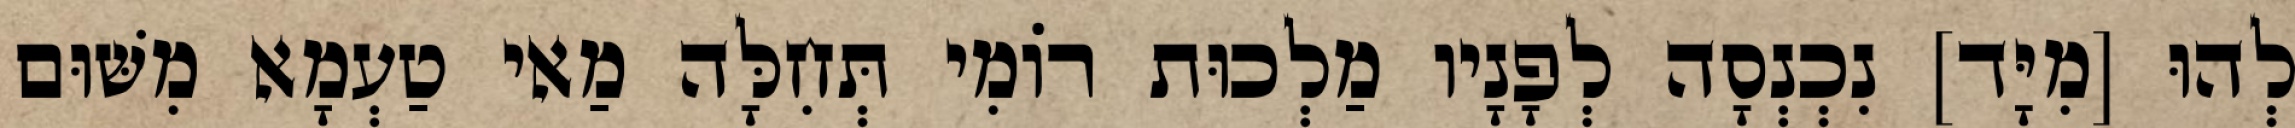
לְהוּ [מִיָּד] נִכְנְסָה לְפָנָיו מַלְכוּת רוֹמִי תְּחִלָּה מַאי טַעְמָא מִשּׁוּם